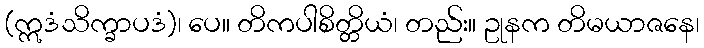
(ဣဒံသိက္ခာပဒံ)၊ ပေ။ တိကပါစိတ္တိယံ၊ တည်း။ ဥုနက တိမယာဇနေ၊